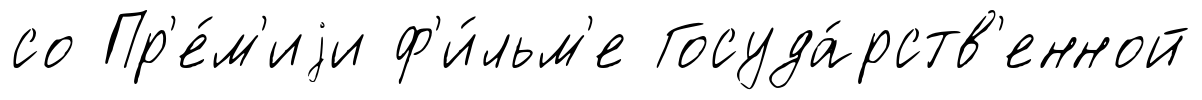
со Пр'е́м'иjи ф'и́льм'е Госуда́рств'енной